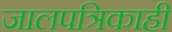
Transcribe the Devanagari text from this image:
जालपत्रिकाही